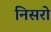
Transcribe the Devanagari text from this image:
निसरो